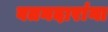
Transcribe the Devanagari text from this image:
वतनदारांना